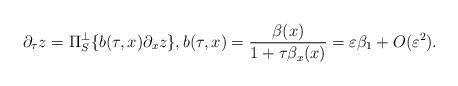
LaTeX: \begin{align*}\partial_{\tau} z=\Pi_S^{\perp} \{ b(\tau, x) \partial_x z \}, b(\tau, x)=\frac{\beta(x)}{1+\tau \beta_x(x)}=\varepsilon\beta_1+O(\varepsilon^2).\end{align*}